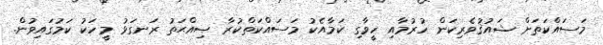
މަސައްކަތަށް ޝައުޤުވެރިކަން ހުރުމާއި ހީވާގި ކަމާއެކު މަސައްކަތްކުރާ ޞިއްޙަތު ރަނގަޅު މީހަކު ކަމުގައިވުން.